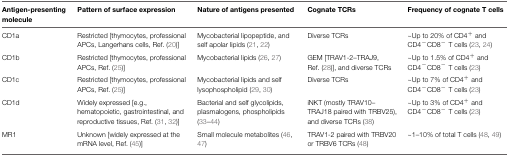
| Antigen-presenting molecule | Pattern of surface expression | Nature of antigens presented | Cognate TCRs | Frequency of cognate T cells |
 | --- | --- | --- | --- | --- |
 | CD1a | Restricted [thymocytes, professional APCs, Langerhans cells, Ref. (20)] | Mycobacterial lipopeptide, and self apolar lipids (21, 22) | Diverse TCRs | ~Up to 20% of CD4+ and CD4−CD8− T cells (23, 24) |
 | CD1b | Restricted [thymocytes, professional APCs, Ref. (25)] | Mycobacterial lipids (26, 27) | GEM [TRAV1-2–TRAJ9, Ref. (28)], and diverse TCRs | ~Up to 1.5% of CD4+ and CD4−CD8− T cells (23) |
 | CD1c | Restricted [thymocytes, professional APCs, Ref. (25)] | Mycobacterial lipids and self lysophospholipid (29, 30) | Diverse TCRs | ~Up to 7% of CD4+ and CD4−CD8− T cells (23) |
 | CD1d | Widely expressed [e.g., hematopoietic, gastrointestinal, and reproductive tissues, Ref. (31, 32)] | Bacterial and self glycolipids, plasmalogens, phospholipids (33–44) | iNKT (mostly TRAV10– TRAJ18 paired with TRBV25), and diverse TCRs (38) | ~Up to 3% of CD4+ and CD4−CD8− T cells (23) |
 | MR1 | Unknown [widely expressed at the mRNA level, Ref. (45)] | Small molecule metabolites (46, 47) | TRAV1-2 paired with TRBV20 or TRBV6 TCRs (48) | ~1–10% of total T cells (48, 49) |